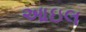
આઇલ